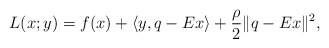
\begin{align*}L(x;y)= f(x) + \langle y,q-Ex \rangle + \frac{\rho}{2} \|q-Ex\|^2,\end{align*}